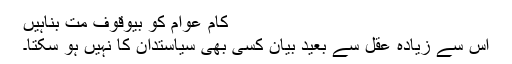
کام عوام کو بیوقوف مت بناہیں
اس سے زیادہ عقل سے بعید بیان کسی بھی سیاستدان کا نہیں ہو سکتا۔